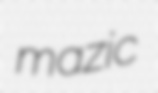
mazic